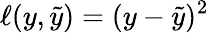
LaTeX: \ell(y,\tilde{y})=(y-\tilde{y})^{2}